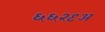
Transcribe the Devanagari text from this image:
६६२९अ